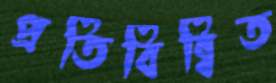
প্রতিবিম্বিত